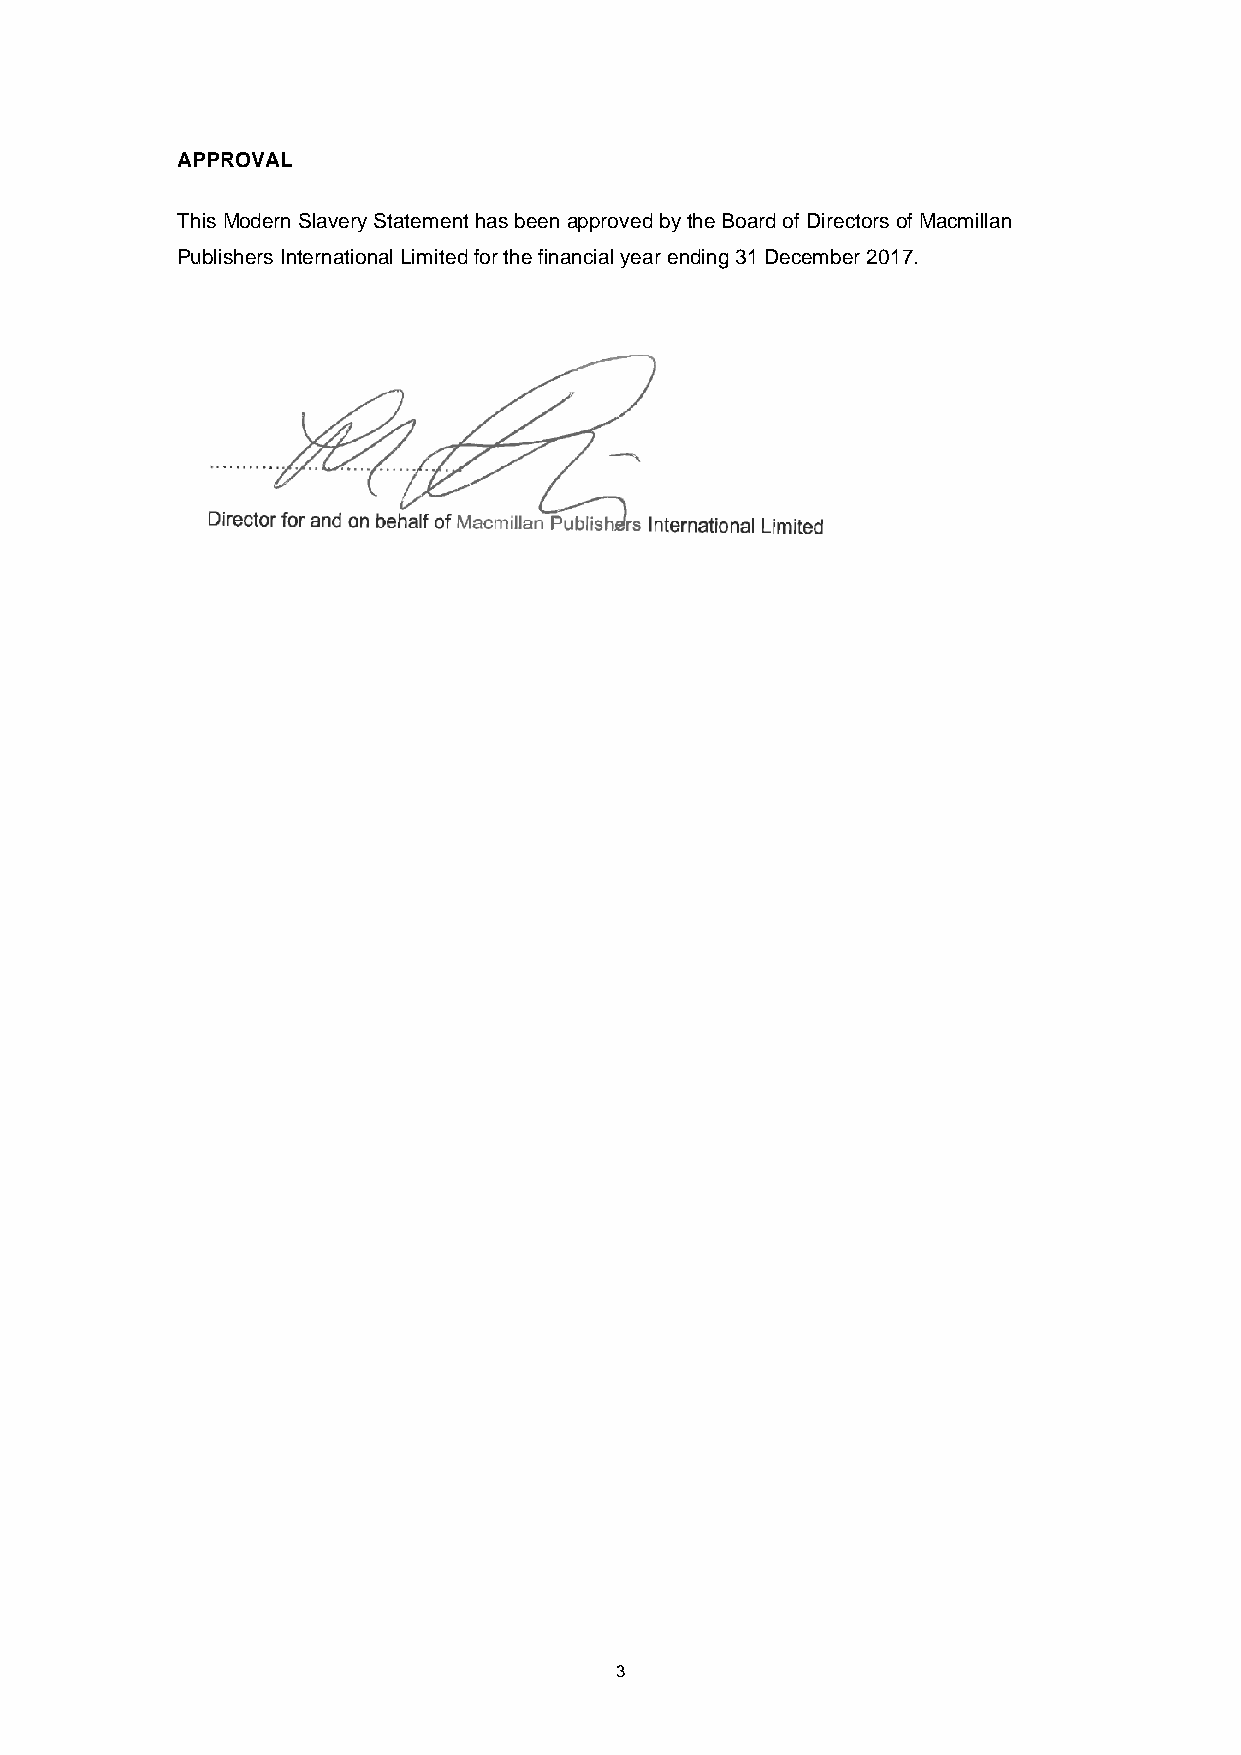
APPROVAL
 This Modern Slavery Statement has been approved by the Board of Directors of Macmillan
 Publishers International Limited for the financial year ending 31 December 2017.
 3